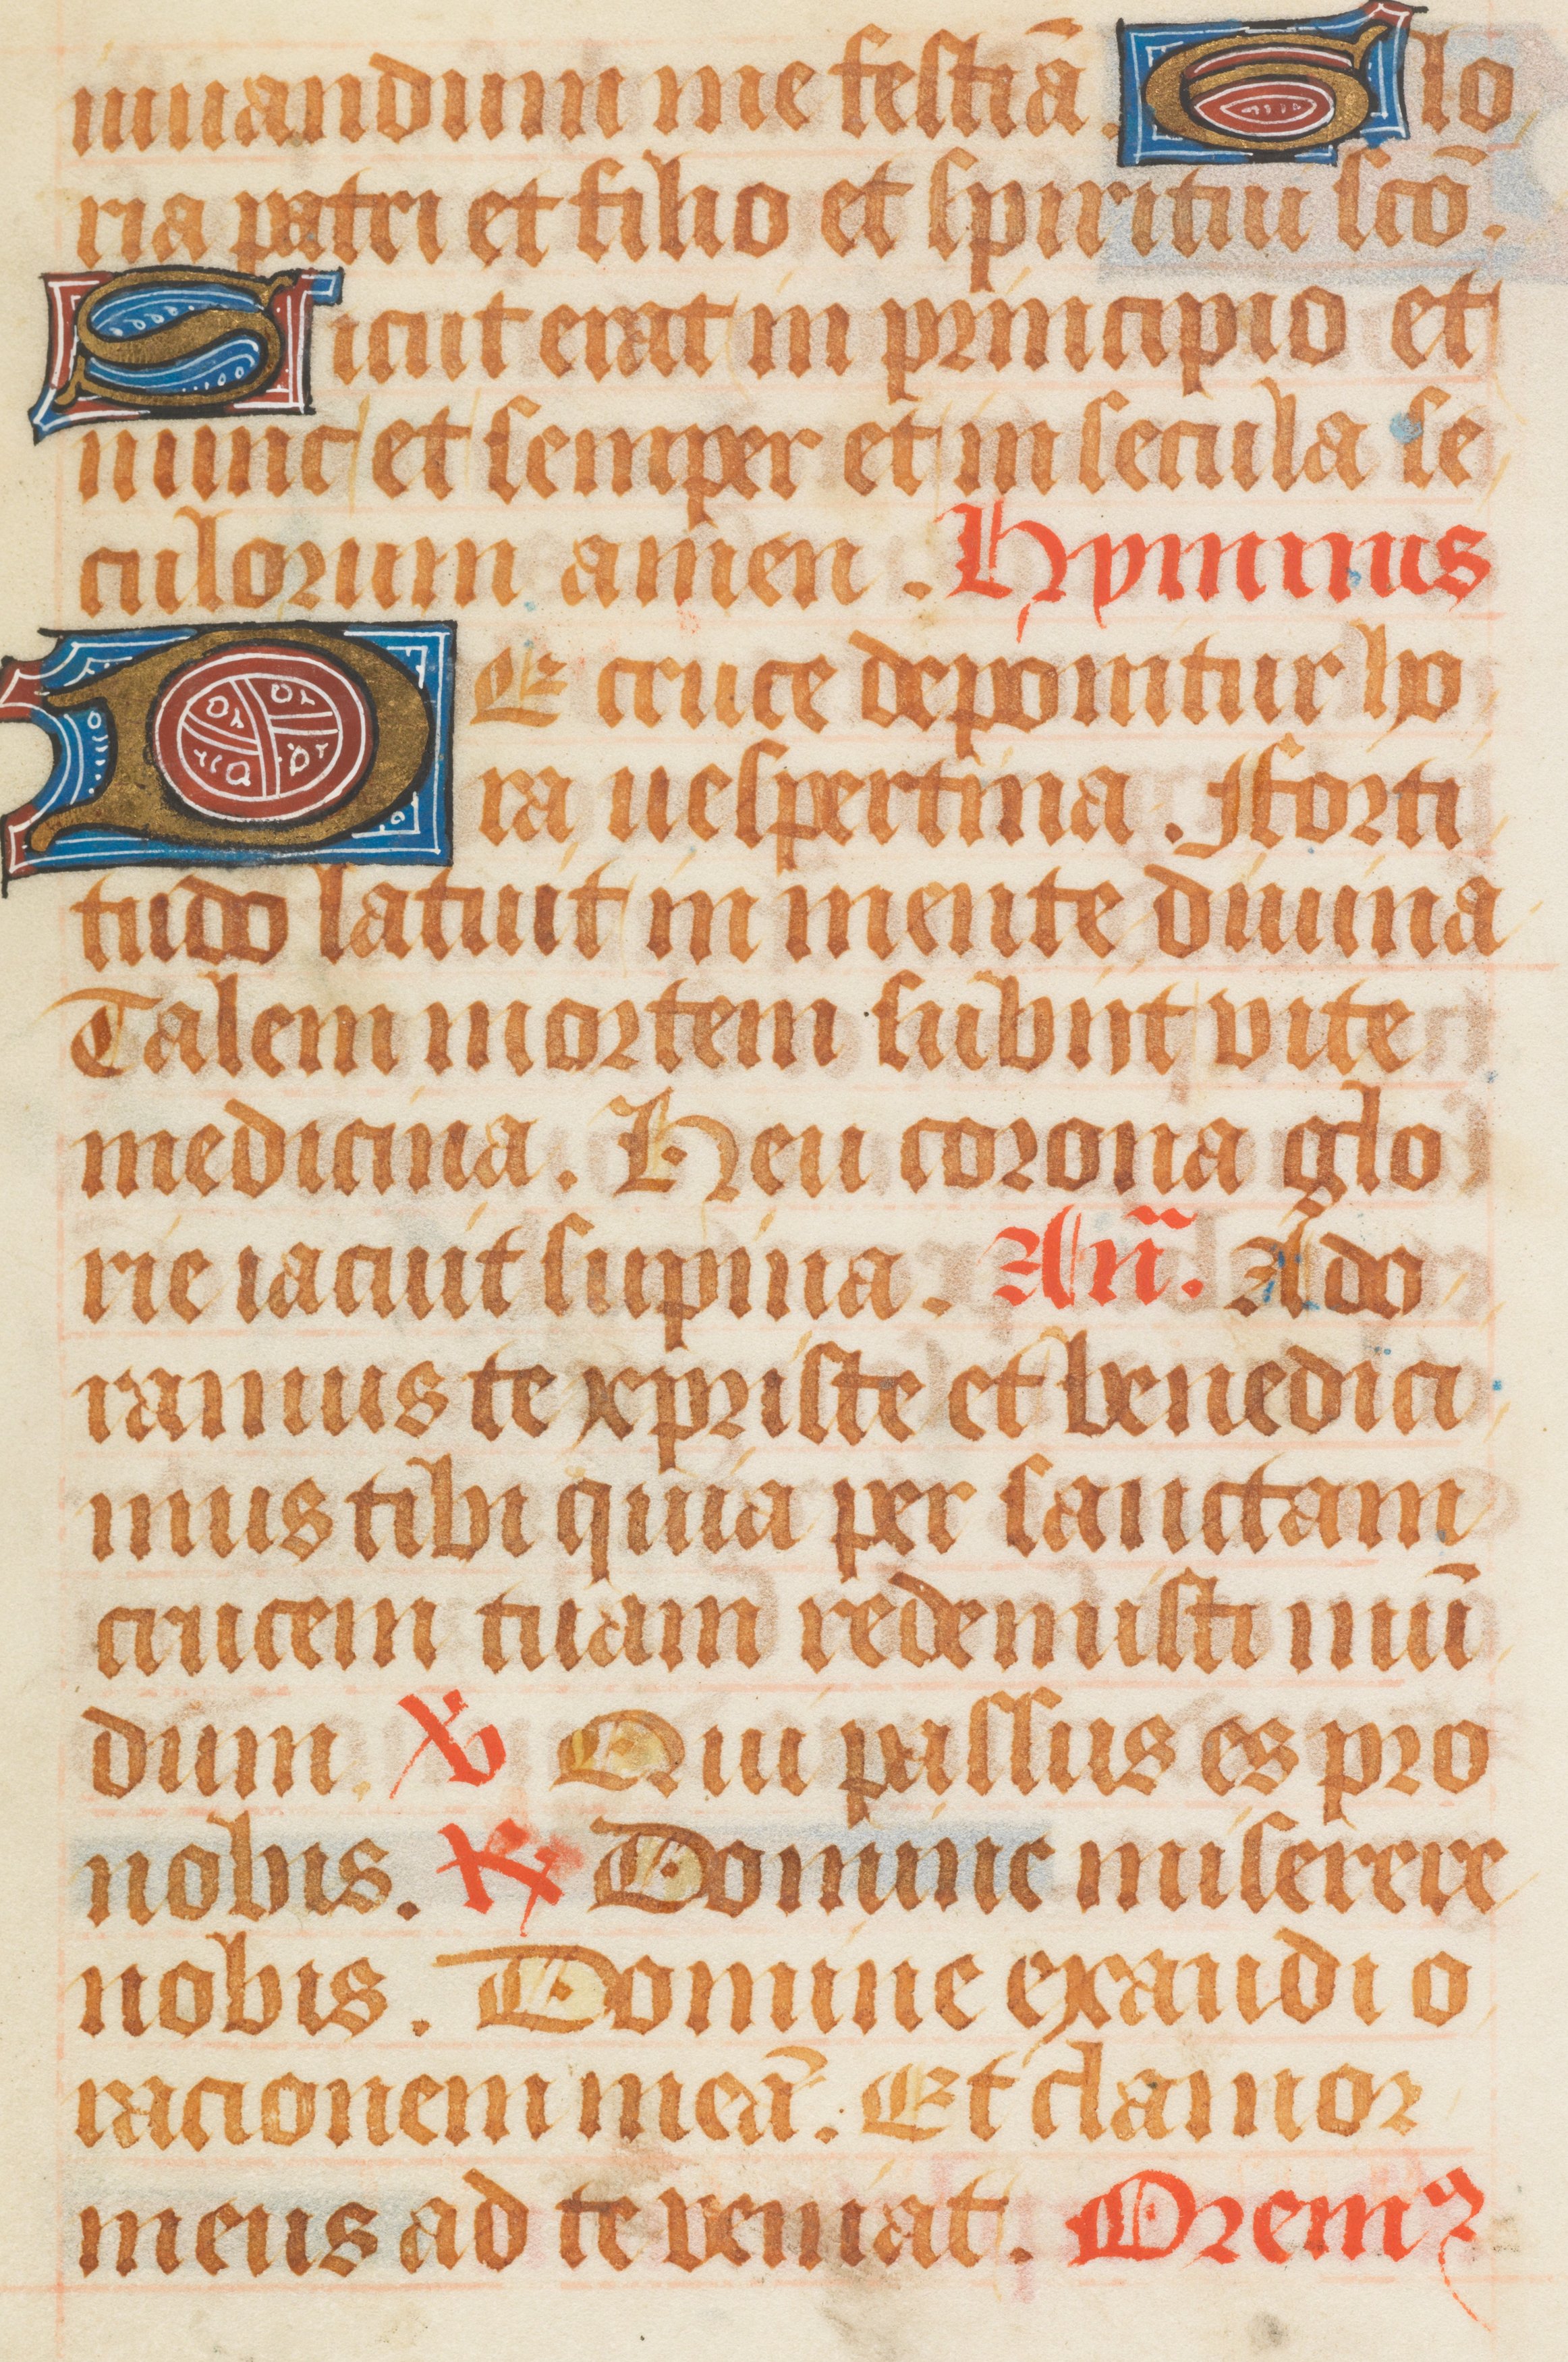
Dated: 1511–1520